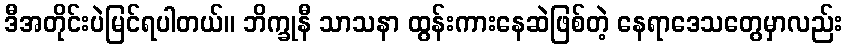
ဒီအတိုင်းပဲမြင်ရပါတယ်။ ဘိက္ခုနီ သာသနာ ထွန်းကားနေဆဲဖြစ်တဲ့ နေရာဒေသတွေမှာလည်း